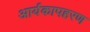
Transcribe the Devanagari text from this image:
आर्यकापहरण